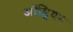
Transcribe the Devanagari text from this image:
ऑष्ट्रियन